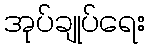
အုပ်ချုပ်ရေး